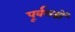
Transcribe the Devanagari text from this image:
पूर्वलग्नों